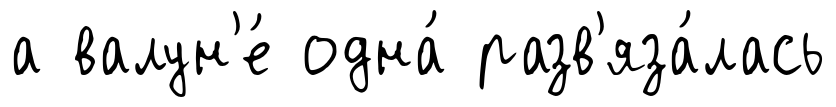
а валун'е́ одна́ разв'яза́лась